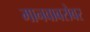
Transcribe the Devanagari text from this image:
मानवाबरोबर